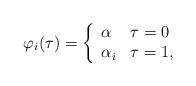
LaTeX: \begin{align*}\varphi_i(\tau)=\left\{ \begin{array}{ll} \alpha & \tau=0 \\ \alpha_i & \tau=1, \end{array} \right.\end{align*}